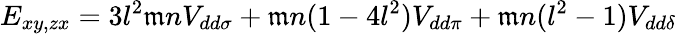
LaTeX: E_{xy,zx}=3l^{2}\mathfrak{m}nV_{dd\sigma}+\mathfrak{m}n(1-4l^{2})V_{dd\pi}+\mathfrak{m}n(l^{2}-1)V_{dd\delta}